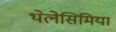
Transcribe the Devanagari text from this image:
थेलेसिमिया